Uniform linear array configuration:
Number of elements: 16
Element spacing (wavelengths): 0.5
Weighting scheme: exponential
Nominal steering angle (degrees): -60
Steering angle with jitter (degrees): -59.332
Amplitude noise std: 0.05
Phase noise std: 0.05

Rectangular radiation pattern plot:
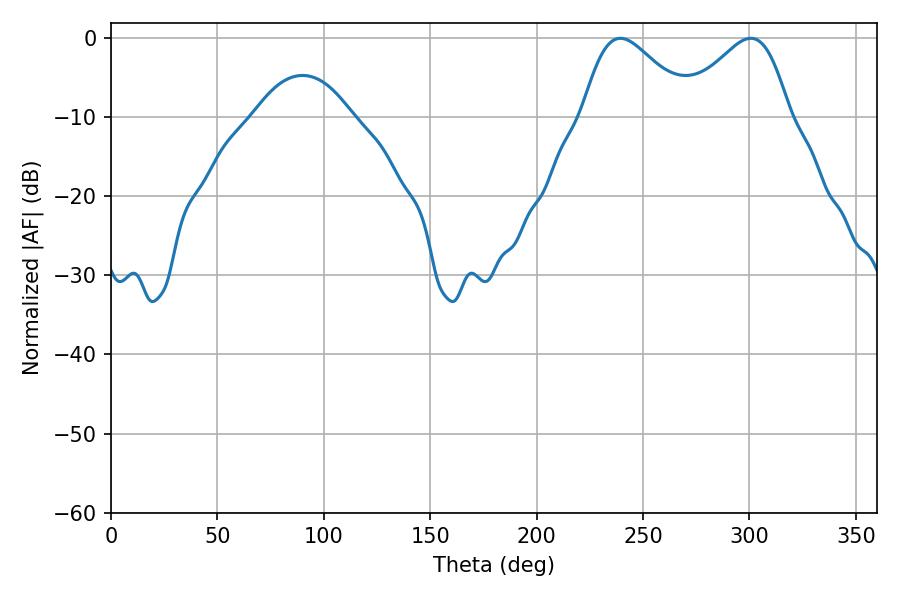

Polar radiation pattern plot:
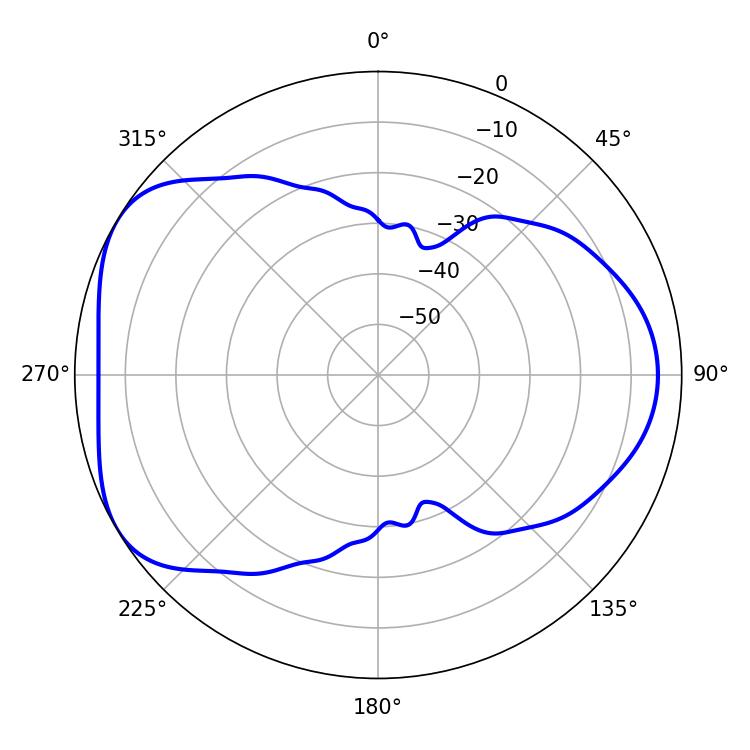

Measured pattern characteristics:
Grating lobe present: FALSE
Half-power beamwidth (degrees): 27
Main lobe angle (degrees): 239.4